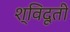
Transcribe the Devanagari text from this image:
श्विदूती